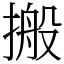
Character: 搬